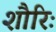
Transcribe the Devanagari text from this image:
शौरिः